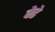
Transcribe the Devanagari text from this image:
वेढे